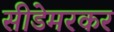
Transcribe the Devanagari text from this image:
सीडेमरकर